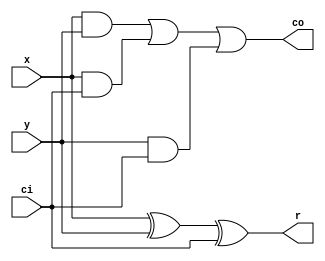
module full_adder( input wire                  x,
		   input wire                  y,
		   input wire                 ci,
		   output wire                 r,
		   output wire                co );

   wire 				      w[ 5 : 0 ];

   // r = (x xor y) xor ci
   xor t0( w[0], x, y );
   xor t1( r, w[0], ci );

   // co = (x and y) or (x and ci) or (y and ci)
   and t2( w[1], x, y );
   and t3( w[2], x, ci );
   and t4( w[3], y, ci );
   or t5( w[4], w[1], w[2] );
   or t6( co, w[4], w[3] );

endmodule //full_adder

module overflow_detect( output wire           of,
			input wire             x,
			input wire             y,
			input wire             r,
			input wire            op );

   wire [ 2 : 0 ] 			       w;
   wire 				       yop;

   // If we're subtracting, we must treat y as it's opposite value.
   xor t00( yop, y, op );
   
   // Check that x and y have the same sign bit.
   xor t0( w[0], x, yop );
   not t1( w[1], w[0] );

   // Check if result and input signs match.
   xor t2( w[2], x, r );
   and t3( of, w[1], w[2] );

endmodule //overflow_detect
   

module sub_8bit( input  wire                  op,
                 output wire                  of,
                 output wire signed [ 7 : 0 ]  r,
                 input  wire                  ci,
                 input  wire signed [ 7 : 0 ]  x,
                 input  wire signed [ 7 : 0 ]  y );

  // fill in this module with solution
   wire [ 7 : 0 ] 			       w;
   wire [ 7 : 0 ] 			       carry;
   

   xor t0( carry[0], op, ci );
   xor t1( w[0], op, y[0] );
   xor t2( w[1], op, y[1] );
   xor t3( w[2], op, y[2] );
   xor t4( w[3], op, y[3] );
   xor t5( w[4], op, y[4] );
   xor t6( w[5], op, y[5] );
   xor t7( w[6], op, y[6] );
   xor t8( w[7], op, y[7] );

   full_adder fa0( x[0], w[0], carry[0], r[0], carry[1] );
   full_adder fa1( x[1], w[1], carry[1], r[1], carry[2] );
   full_adder fa2( x[2], w[2], carry[2], r[2], carry[3] );
   full_adder fa3( x[3], w[3], carry[3], r[3], carry[4] );
   full_adder fa4( x[4], w[4], carry[4], r[4], carry[5] );
   full_adder fa5( x[5], w[5], carry[5], r[5], carry[6] );
   full_adder fa6( x[6], w[6], carry[6], r[6], carry[7] );
   full_adder fa7( x[7], w[7], carry[7], r[7], ); //ignore final co

   overflow_detect of0( of, x[7], y[7], r[7], op );

endmodule